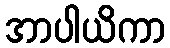
အာပါယိကာ